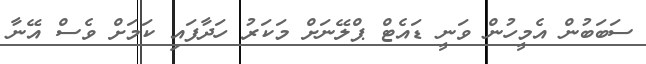
ސަބަބުން އެމީހުން ވަނީ ޑައެޓް ޕްލޭނަށް މަކަރު ހަދާފައި ކަމަށް ވެސް އޭނާ